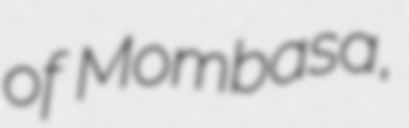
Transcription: of Mombasa,